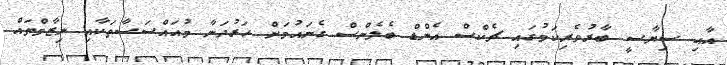
އާއި ސިޔާސީ ބާރުވެރިކަމުގައި ޗެކްސް އެންޑް ބެލެންސް ގެނައުމަށް ހަރުދަނާ މުއައްސަސާތަކާއި ނިޒާމްތައް